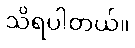
သိရပါတယ်။